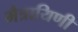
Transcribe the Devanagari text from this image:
मैत्रायिणी